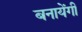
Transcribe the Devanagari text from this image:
बनायेंगी